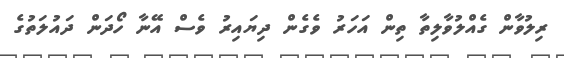
ރިލުވާން ގެއްލުވާލިތާ ތިން އަހަރު ވެގެން ދިޔައިރު ވެސް އޭނާ ހޯދަން ދައުލަތުގެ